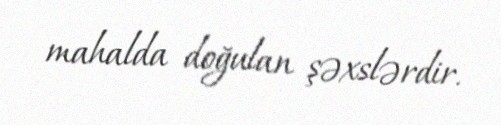
mahalda doğulan şəxslərdir.